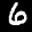
Label: 6